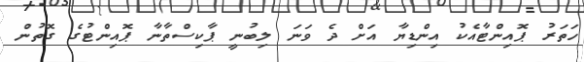
ހަތަރު ޕޮއިންޓާއެކު އިންޑިޔާ އަށް ދެ ވަނަ ލިބުނީ ޕާކިސްތާނާ ޕޮއިންޓުގެ ގޮތުން